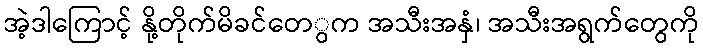
အဲ့ဒါကြောင့် နို့တိုက်မိခင်တေွက အသီးအနှံ၊ အသီးအရွက်တေွကို